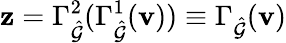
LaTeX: \mathbf{z}=\Gamma_{\hat{\mathcal{G}}}^{2}(\Gamma_{\hat{\mathcal{G}}}^{1}(\mathbf{v}))\equiv\Gamma_{\hat{\mathcal{G}}}(\mathbf{v})